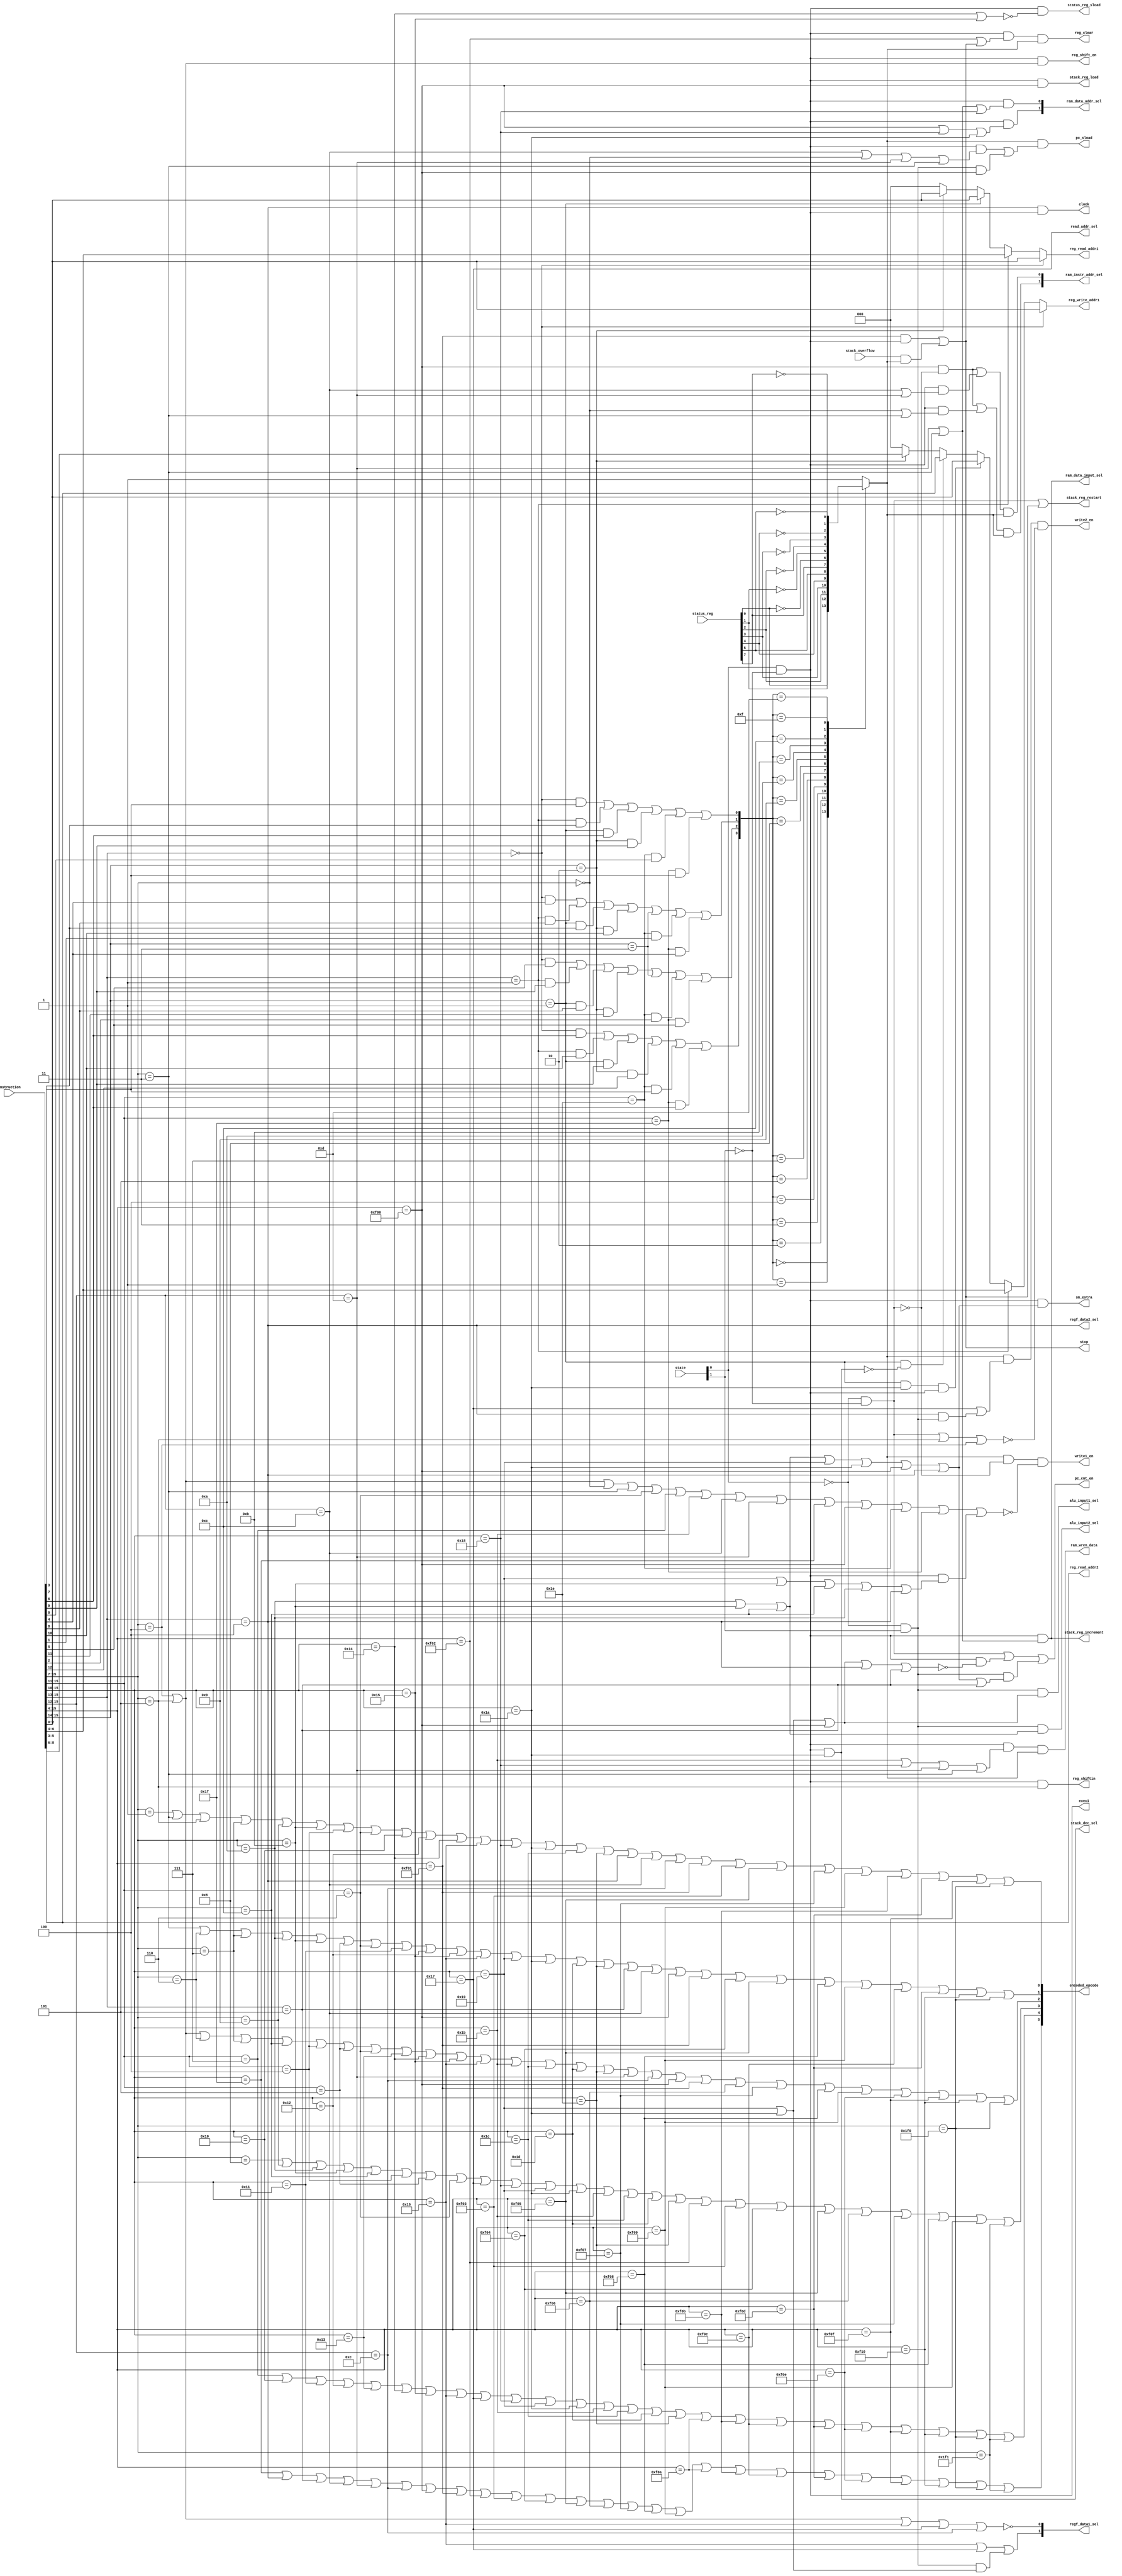
module decoder

(

	input [15:0] instruction,
	input [1:0] state,
	input [7:0] status_reg,
	input stack_overflow,
	
	output [5:0] encoded_opcode,
	
	output alu_input1_sel,
	output alu_input2_sel,
	output status_reg_sload,
	output stack_reg_increment,
	output stack_dec_sel,
	output stack_reg_load,
	output stack_reg_restart,
	
	// REG FILE INPUT
	output [2:0] reg_write_addr1,
	output [2:0] reg_read_addr1,
	output [2:0] reg_read_addr2,
	output read_addr_sel,
	
	output [1:0] regf_data1_sel,
	output regf_data2_sel,
	output write1_en,
	output write2_en,
	output reg_shift_en,
	output reg_shiftin,
	output reg_clear,
	
	
	output [1:0] ram_instr_addr_sel,
	output [1:0] ram_data_addr_sel,
	output ram_data_input_sel,
	output ram_wren_data,
	
	// CONTROL PATH
	output exec1,
	output pc_sload,
	output pc_cnt_en,
	
	output sm_extra,
	
	output stop,
	output clock
);

// STATE MACHINE WIRES
wire fetch, exec2;
assign fetch = ~state[0]&~state[1];
assign exec1 = state[0]&~state[1];
assign exec2 = ~state[0]&state[1];

// ADDRESSING MODES
wire single_reg = instruction [15:13] == 3'b000;
wire single_reg_ba = instruction [15:13] == 3'b001;
wire double_reg = instruction [15:14] == 2'b01;
wire triple_reg = instruction [15:14] == 2'b10;
wire direct_add = instruction [15:14] == 2'b11;
wire control_ops = instruction [15:11] == 5'b11110;
wire control_ops_offset = instruction [15:11] == 5'b11111;

// COND FIELD
wire [3:0] cond_field;
assign cond_field[0] =  (single_reg&instruction[3])|(single_reg_ba&instruction[7])|(double_reg&instruction[6])|(triple_reg&instruction[9])|(direct_add& 0)|control_ops&instruction[0]|control_ops_offset&instruction[3];
assign cond_field[1] = 	(single_reg&instruction[4])|(single_reg_ba&instruction[8])|(double_reg&instruction[7])|(triple_reg&instruction[10])|(direct_add& 1)|control_ops&instruction[1]|control_ops_offset&instruction[4];
assign cond_field[2] = 	(single_reg&instruction[5])|(single_reg_ba&instruction[9])|(double_reg&instruction[8])|(triple_reg&instruction[11])|(direct_add& 1)|control_ops&instruction[2]|control_ops_offset&instruction[5];
assign cond_field[3] =	(single_reg&instruction[6])|(single_reg_ba&instruction[10])|(double_reg&instruction[9])|(triple_reg&instruction[12])|(direct_add& 0)|control_ops&instruction[3]|control_ops_offset&instruction[6];

reg cond_evaluated;

always @(*) begin
	case (cond_field)
		4'b0000: cond_evaluated = status_reg[0];
		4'b0001: cond_evaluated = status_reg[1];
		4'b0010:	cond_evaluated = status_reg[2];
		4'b0011: cond_evaluated = status_reg[3];
		4'b0100: cond_evaluated = status_reg[4];
		4'b0101: cond_evaluated = status_reg[5];
		4'b0110: cond_evaluated = 1; // ALWAYS
		4'b0111: cond_evaluated = status_reg[7];
		4'b1000: cond_evaluated = ~status_reg[0];
		4'b1001: cond_evaluated = ~status_reg[1];
		4'b1010: cond_evaluated = ~status_reg[2];
		4'b1011: cond_evaluated = ~status_reg[3];
		4'b1100: cond_evaluated = ~status_reg[4];
		4'b1101: cond_evaluated = ~status_reg[5];
		// 4'b1110: cond_evaluated = ~status_reg[6]; // INVALID
		4'b1111: cond_evaluated = ~status_reg[7];
		default : cond_evaluated = 1;
	endcase
end	

// INSTRUCTION IDENTIFIERS
// SIMPLER WAY TO DECODE?
wire jmr = instruction[15:7] == 9'b000000000;
wire asc = instruction[15:7] == 9'b000000001;
wire car = instruction[15:7] == 9'b000000011;
wire lsr = instruction[15:7] == 9'b000000100;
wire asr = instruction[15:7] == 9'b000000101;
wire inv = instruction[15:7] == 9'b000000110;
wire twc = instruction[15:7] == 9'b000000111;
wire inc = instruction[15:7] == 9'b000001000;
wire dec = instruction[15:7] == 9'b000001001;
wire ldi = instruction[15:7] == 9'b000001010;

wire aim = instruction[15:7] == 9'b000001011;
wire sim = instruction[15:7] == 9'b000001100;

wire seb = instruction[15:11] == 5'b00100;
wire clb = instruction[15:11] == 5'b00101;
wire stb = instruction[15:11] == 5'b00110;
wire lob = instruction[15:11] == 5'b00111;

wire add = instruction[15:10] == 6'b010000;
wire adc = instruction[15:10] == 6'b010001;
wire sub = instruction[15:10] == 6'b010010;
wire sbc = instruction[15:10] == 6'b010011;
wire gha = instruction[15:10] == 6'b010100;
wire ghs = instruction[15:10] == 6'b010101;
wire mov = instruction[15:10] == 6'b010110;
wire mow = instruction[15:10] == 6'b010111;
wire push = instruction[15:10] == 6'b011000;
wire load = instruction[15:10] == 6'b011001;
wire pop = instruction[15:10] == 6'b011010;
wire store = instruction[15:10] == 6'b011011;
wire AND = instruction[15:10] == 6'b011100;
wire OR = instruction[15:10] == 6'b011101;
wire XOR = instruction[15:10] == 6'b011110;
wire comp = instruction[15:10] == 6'b011111;

wire mul = instruction[15:13] == 3'b100;
wire mls = instruction[15:13] == 3'b101;

wire jmd = instruction[15:12] == 4'b1100;
wire call = instruction[15:12] == 4'b1101;
wire lda = instruction[15:12] == 4'b1110;

wire rtn = instruction[15:4] == 12'b111100000000;
wire stp = instruction[15:4] == 12'b111100000001;
wire clear = instruction[15:4] == 12'b111100000010;
wire sez = instruction[15:4] == 12'b111100000011;
wire clz = instruction[15:4] == 12'b111100000100;
wire sen = instruction[15:4] == 12'b111100000101;
wire cln = instruction[15:4] == 12'b111100000110;
wire sec = instruction[15:4] == 12'b111100000111;
wire clc = instruction[15:4] == 12'b111100001000;
wire set = instruction[15:4] == 12'b111100001001;
wire clt = instruction[15:4] == 12'b111100001010;
wire sev = instruction[15:4] == 12'b111100001011;
wire clv = instruction[15:4] == 12'b111100001100;
wire ses = instruction[15:4] == 12'b111100001101;
wire cls = instruction[15:4] == 12'b111100001110;
wire sei = instruction[15:4] == 12'b111100001111;
wire cli = instruction[15:4] == 12'b111100010000;

wire bru = instruction[15:7] == 9'b111110000;
wire brd = instruction[15:7] == 9'b111110001;
  
assign encoded_opcode[0] = asc|car|asr|twc|dec|aim|seb|stb|add|sub|gha|mov|push|pop|AND|XOR|mul|jmd|lda|stp|sez|sen|sec|set|sev|ses|sei|bru ;
assign encoded_opcode[1] = car|inv|twc|ldi|aim|clb|stb|adc|sub|ghs|mov|load|pop|OR|XOR|mls|jmd|rtn|stp|clz|sen|clc|set|clv|ses|cli|bru ;
assign encoded_opcode[2] = lsr|asr|inv|twc|sim|seb|clb|stb|sbc|gha|ghs|mov|store|AND|OR|XOR|call|lda|rtn|stp|cln|sec|clc|set|cls|sei|cli|bru ;
assign encoded_opcode[3] = inc|dec|ldi|aim|sim|seb|clb|stb|mow|push|load|pop|store|AND|OR|XOR|clear|sez|clz|sen|cln|sec|clc|set|brd ;
assign encoded_opcode[4] = lob|add|adc|sub|sbc|gha|ghs|mov|mow|push|load|pop|store|AND|OR|XOR|clt|sev|clv|ses|cls|sei|cli|bru|brd ;
assign encoded_opcode[5] = comp|mul|mls|jmd|call|lda|rtn|stp|clear|sez|clz|sen|cln|sec|clc|set|clt|sev|clv|ses|cls|sei|cli|bru|brd ;

// CONTROL SIGNALS
	assign alu_input1_sel = exec2 & (load | pop | rtn);
	assign alu_input2_sel = exec2 & (ldi | aim | sim);
	
	assign status_reg_sload = exec1 & ~(gha | ghs);
	assign stack_reg_increment = exec1 & (call | car);
	assign stack_dec_sel = exec1 & pop;
	assign stack_reg_load = exec1 & rtn;
	assign stack_reg_restart = fetch | stop;
	
	assign reg_write_addr1 = single_reg ? instruction [2:0]
									: single_reg_ba ? instruction [6:4]
									: double_reg & pop & exec1 ? instruction [2:0] // Rs for decrementing the stack address
									: double_reg & ~(pop & exec1) ? instruction[5:3]
									: triple_reg ? instruction [8:6] : 3'b000; // default is 000 for LDA (R0)
	
	assign reg_read_addr1 = single_reg ? instruction [2:0]
									: single_reg_ba ? instruction [6:4]
									: double_reg ? instruction [2:0] // Rs
									: triple_reg ? instruction [2:0] : 3'b000; // default is 000 for LDA (R0)
	
	assign reg_read_addr2 = double_reg ? instruction [5:3] : instruction [5:3]; // default is triple_reg
	
	assign read_addr_sel = mow;
 
 	assign regf_data1_sel [1] = mov | mow | exec2 & (pop | load);
	assign regf_data1_sel [0] = ~(lsr | asr | mov | mow | lda);
	
	assign regf_data2_sel = mul;
	
	assign write1_en = cond_evaluated & ~fetch & ~(lsr | asr | jmr | car | stb | lob | store | jmd | call | comp | rtn | control_ops | control_ops_offset | (exec1 & (load | aim | sim | ldi | mul)) ); // enable might have to be low for clear instruction
	assign write2_en = cond_evaluated & (mow | mul & exec2) & ~ (fetch | asr | lsr); // maybe high for exec2?
	
	assign reg_shift_en = exec1 & (asr | lsr);
	assign reg_shiftin = exec1 & asr; // & MSB
	assign reg_clear = exec1 & (clear | stop) & cond_evaluated;
	
	assign ram_instr_addr_sel [1] = ( (rtn & ~fetch) | ( exec1 & (jmr | car) ) ) & cond_evaluated;  
	assign ram_instr_addr_sel [0] = ( (rtn & ~fetch) | (exec1 & (jmd | call)) ) & cond_evaluated;
	
	assign ram_data_addr_sel [1] = exec1 & (rtn | push | pop);
	assign ram_data_addr_sel [0] = exec1 & (call|car|push);
	
	assign ram_data_input_sel = exec1 & (call | car);
	
	assign ram_wren_data = exec1 & (store | push | call | car) & cond_evaluated;
	
	wire three_cycle = (ldi | aim | sim | load | pop |rtn | mul | mls);
	assign pc_sload = cond_evaluated & ( (exec1 & (jmd | jmr | call | car) ) | (exec2 & rtn) );
	assign pc_cnt_en = fetch | (exec1 & ~(load | pop | rtn | mul | mls)) | exec2 & three_cycle;
	
	assign sm_extra = exec1 & (ldi | aim | sim | load | pop | rtn | mul);
	
	assign stop = (stp & exec1) | stack_overflow & cond_evaluated;
	assign clock = mul & exec1;
	//assign set_jump = exec1 & (call | car | jmr | jmd ) | exec2 & rtn;

endmodule